Annual report on the Civil Veterinary Department, Burma (including the Insein Veterinary School) - 1923-1931
Year: 1923
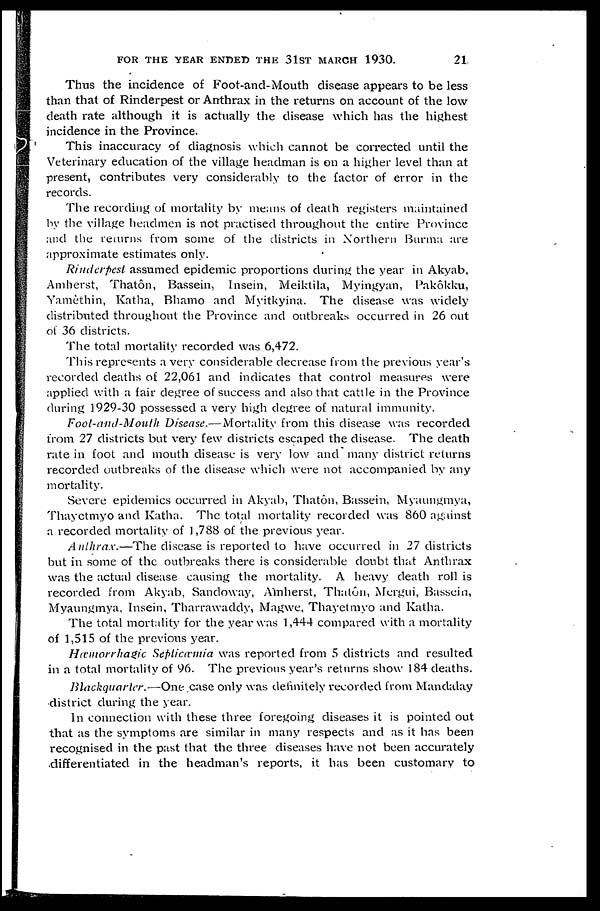
FOR THE YEAR ENDED THE 31ST MARCH 1930.
21
Thus the incidence of Foot-and-Mouth disease appears to be less
than that of Rinderpest or Anthrax in the returns on account of the low
death rate although it is actually the disease which has the highest
incidence in the Province.
This inaccuracy of diagnosis which cannot be corrected until the
Veterinary education of the village headman is on a higher level than at
present, contributes very considerably to the factor of error in the
records.
The recording of mortality by means of death registers maintained
by the village headmen is not practised throughout the entire Province
and the returns from some of the districts in Northern Burma are
approximate estimates only.
Rinderpest assumed epidemic proportions during the year in Akyab,
Amherst, Thatôn, Bassein, Insein, Meiktila, Myingyan, Pakôkku,
Yamèthin, Katha, Bhamo and Myitkyina. The disease was widely
distributed throughout the Province and outbreaks occurred in 26 out
of 36 districts.
The total mortality recorded was 6,472.
This represents a very considerable decrease from the previous year's
recorded deaths of 22,061 and indicates that control measures were
applied with a fair degree of success and also that cattle in the Province
during 1929-30 possessed a very high degree of natural immunity.
Foot-and-Mouth Disease.—Mortality from this disease was recorded
from 27 districts but very few districts escaped the disease. The death
rate in foot and mouth disease is very low and many district returns
recorded outbreaks of the disease which were not accompanied by any
mortality.
Severe epidemics occurred in Akyab, Thatôn, Bassein, Myaungmya,
Thayetmyo and Katha. The total mortality recorded was 860 against
a recorded mortality of 1,788 of the previous year.
Anthrax.—The disease is reported to have occurred in 27 districts
but in some of the outbreaks there is considerable doubt that Anthrax
was the actual disease causing the mortality. A heavy death roll is
recorded from Akyab, Sandoway, Amherst, Thatôn, Mergui, Bassein,
Myaungmya, Insein, Tharrawaddy, Magwe, Thayetmyo and Katha.
The total mortality for the year was 1,444 compared with a mortality
of 1,515 of the previous year.
Hæmorrhagic Septicæmia was reported from 5 districts and resulted
in a total mortality of 96. The previous year's returns show 184 deaths.
Blackquarter.—One case only was definitely recorded from Mandalay
district during the year.
In connection with these three foregoing diseases it is pointed out
that as the symptoms are similar in many respects and as it has been
recognised in the past that the three diseases have not been accurately
differentiated in the headman's reports, it has been customary to